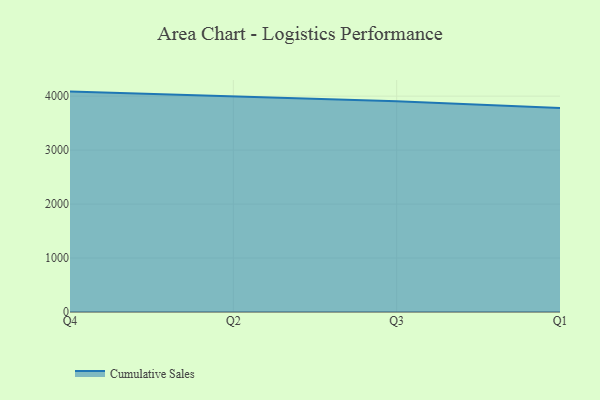
{"axis": {"x": "Quarter", "y": "Demand Index"}, "legend": ["Cumulative Sales"], "data": [{"x": "Q4", "y": 4084.1, "type": "Cumulative Sales"}, {"x": "Q2", "y": 3987.6, "type": "Cumulative Sales"}, {"x": "Q3", "y": 3903.4, "type": "Cumulative Sales"}, {"x": "Q1", "y": 3780.6, "type": "Cumulative Sales"}]}